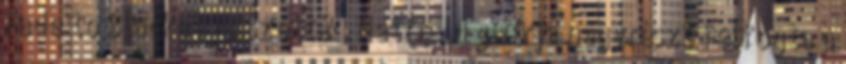
Fade to Blacket játszották. Hetfield gitárja nagyrészt felfogta a